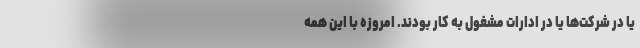
یا در شرکت‌ها یا در ادارات مشغول به کار بودند. امروزه با این همه